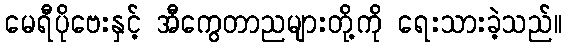
မေရီပိုဗေးနှင့် အီကွေတာညများတို့ကို ရေးသားခဲ့သည်။